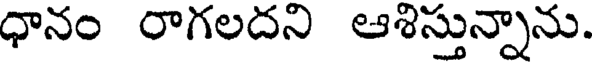
ధానం రాగలదని ఆశిస్తున్నాను.